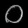
Digit: ၀